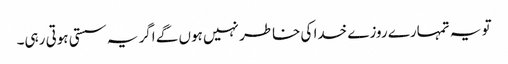
تو یہ تمہارے روزے خدا کی خاطر نہیں ہوں گے اگر یہ سستی ہوتی رہی۔